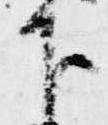
下